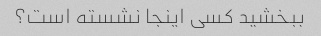
ببخشید کسی اینجا نشسته است؟